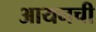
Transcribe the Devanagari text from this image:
आयनची